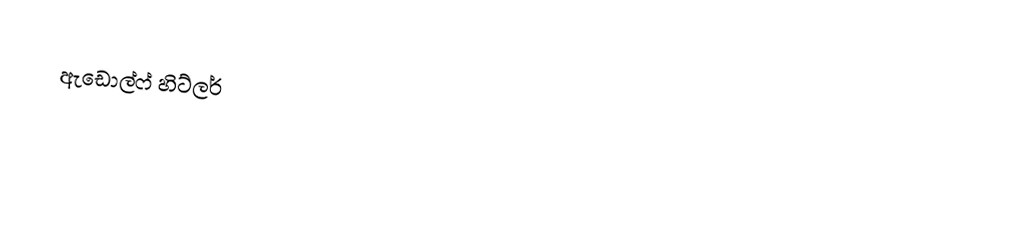
ඇඩොල්ෆ් හිට්ලර්